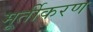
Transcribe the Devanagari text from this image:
मूर्तीकरण